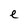
Character: e